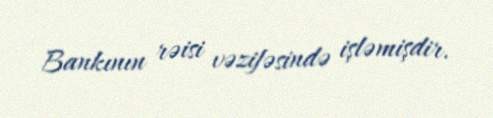
Bankının rəisi vəzifəsində işləmişdir.